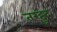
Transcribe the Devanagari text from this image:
तरद्दुद